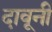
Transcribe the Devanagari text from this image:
दावूनी